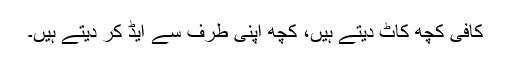
کافی کچھ کاٹ دیتے ہیں، کچھ اپنی طرف سے ایڈ کر دیتے ہیں۔